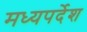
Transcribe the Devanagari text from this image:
मध्यपर्देश